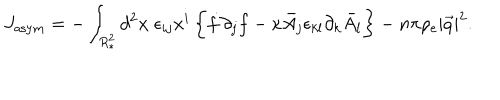
J _ { \mathrm { a s y m } } = - \int _ { R _ { * } ^ { 2 } } d ^ { 2 } x \; \epsilon _ { i j } x ^ { i } \, \biggl \{ \dot { f } \partial _ { j } f - \kappa \bar { A } _ { j } \epsilon _ { k l } \partial _ { k } \bar { A } _ { l } \biggr \} - n \pi \rho _ { e } | \vec { q } | ^ { 2 } .